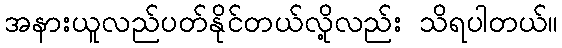
အနားယူလည်ပတ်နိုင်တယ်လို့လည်း သိရပါတယ်။